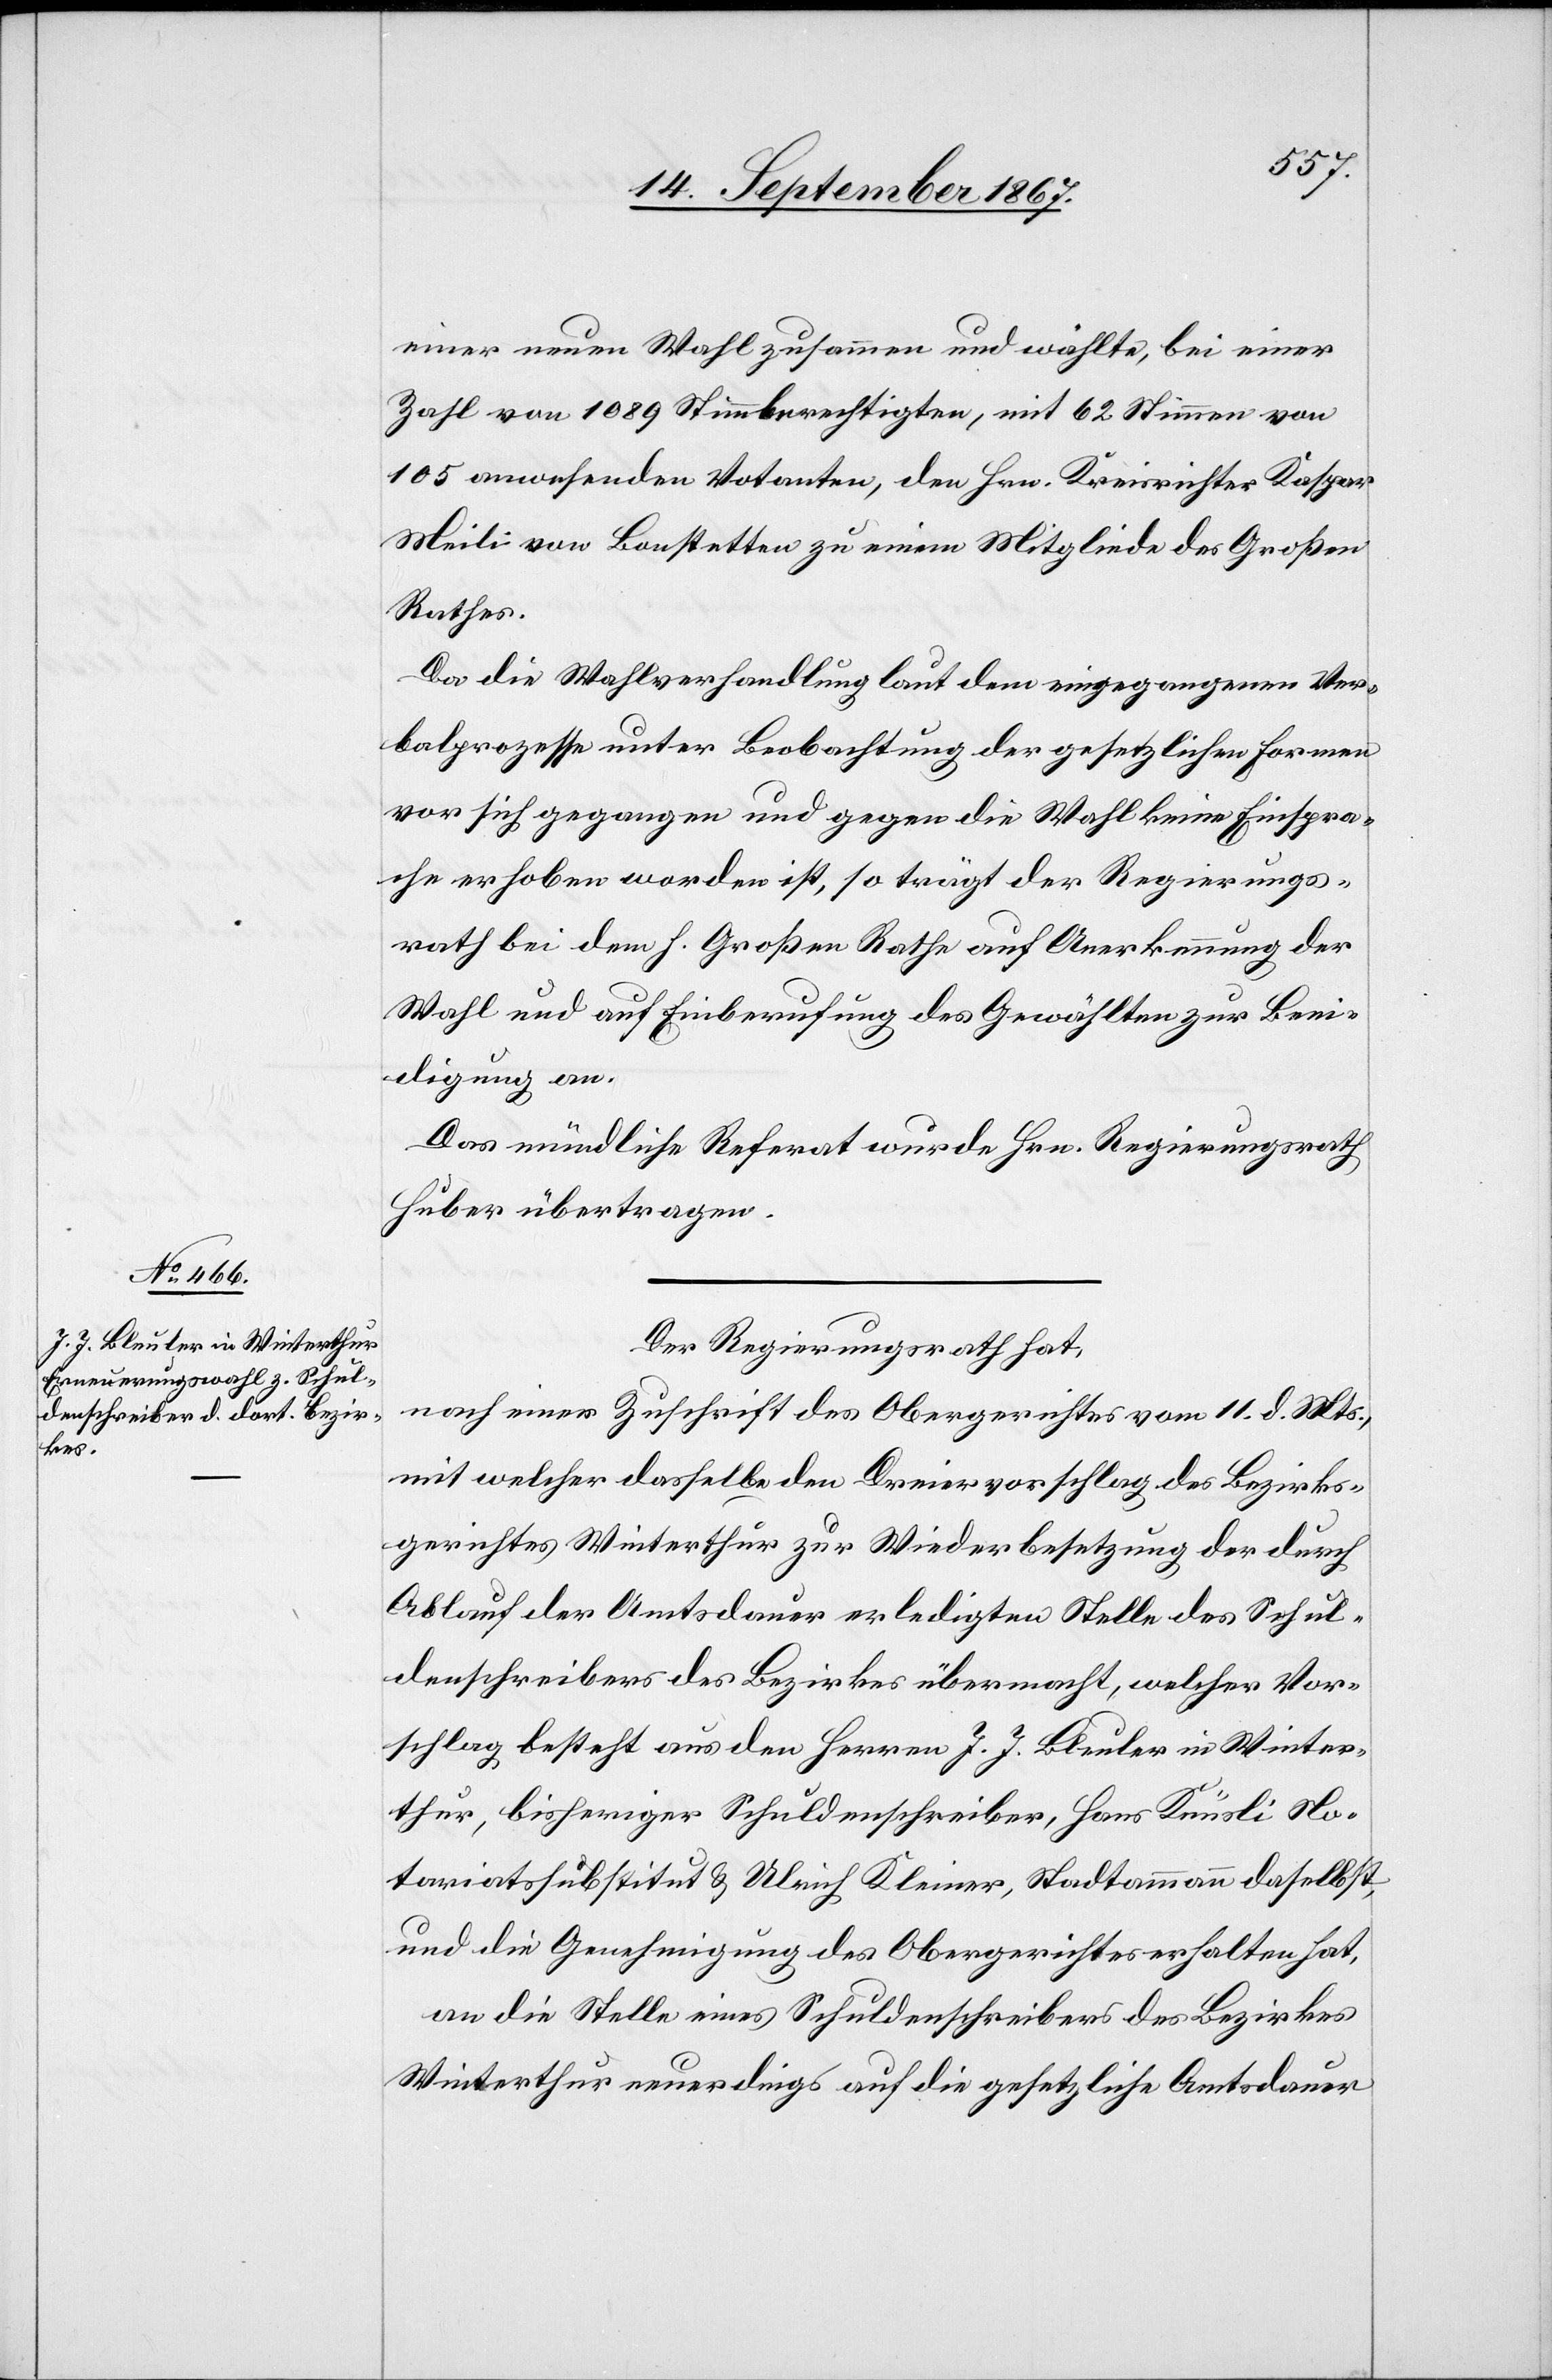
einer neuen Wahl zusammen und wählte, bei einer
Zahl von 1089 Stimmberechtigten, mit 62 Stimmen von
105 anwesenden Votanten, den Hrn. Kreisrichter Kaspar
Meili von Bonstetten zu einem Mitgliede des Großen
Rathes.
Da die Wahlverhandlung laut dem eingegangenen Ver¬
balprozesse unter Beobachtung der gesetzlichen Formen
vor sich gegangen und gegen die Wahl keine Einspra¬
che erhoben worden ist, so trägt der Regierungs¬
rath bei dem h. Großen Rathe auf Anerkennung der
Wahl und auf Einberufung des Gewählten zur Beei¬
digung an.
Das mündliche Referat wurde Hrn. Regierungsrath
Huber übertragen.
Der Regierungsrath hat,
nach einer Zuschrift des Obergerichtes vom 11. d. Mts.,
mit welcher dasselbe den Dreiervorschlag des Bezirks¬
gerichtes Winterthur zur Wiederbesetzung der durch
Ablauf der Amtsdauer erledigten Stelle des Schul¬
denschreibers des Bezirkes übermacht, welcher Vor¬
schlage besteht aus den Herren J. J. Bleuler in Winter¬
thur, bisheriger Schuldenschreiber, Hans Knüsli No¬
tariatssubstitut u. Ulrich Kleiner, Stadtammann daselbst,
und die Genehmigung des Obergerichtes erhalten hat,
an die Stelle eines Schuldenschreibers des Bezirkes
Winterthur neuerdings auf die gesetzliche Amtsdauer